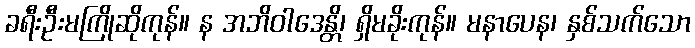
ခရီးဦးမကြိုဆိုကုန်။ န အဘိဝါဒေန္တိ၊ ရှိမခိုးကုန်။ မနာပေန၊ နှစ်သက်သော